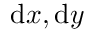
\mathrm { d } x , \mathrm { d } y